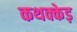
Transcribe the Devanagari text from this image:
कथक्केड़